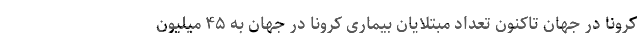
کرونا در جهان تاکنون تعداد مبتلایان بیماری کرونا در جهان به ۴۵ میلیون